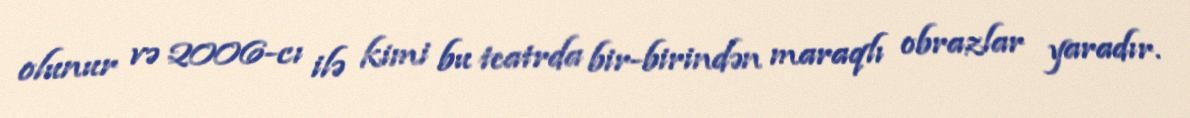
olunur və 2006-cı ilə kimi bu teatrda bir-birindən maraqlı obrazlar yaradır.